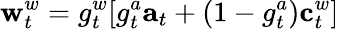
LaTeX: \mathbf{w}_{t}^{w}=g_{t}^{w}[g_{t}^{a}\mathbf{a}_{t}+(1-g_{t}^{a})\mathbf{c}_{t}^{w}]